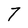
Character: 7